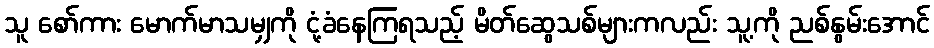
သူ စော်ကား မောက်မာသမျှကို ငုံ့ခံနေကြရသည့် မိတ်ဆွေသစ်များကလည်း သူ့ကို ညစ်နွမ်းအောင်